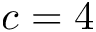
c = 4